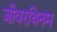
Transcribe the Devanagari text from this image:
जीवरथिनम